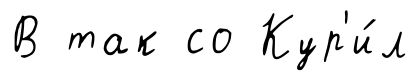
В так со Кур'и́л